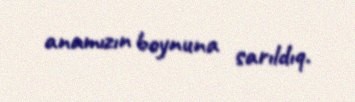
anamızın boynuna sarıldıq.